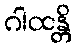
ဂါထန္တိ